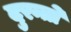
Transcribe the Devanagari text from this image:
दुरन्तो